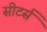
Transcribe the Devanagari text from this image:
सीटर्स